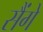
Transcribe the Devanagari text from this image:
सैंगे